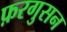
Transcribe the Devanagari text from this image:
फ़रगुसन